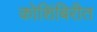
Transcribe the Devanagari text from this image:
कोशिंबिरीत